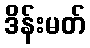
ဒိန်းမတ်